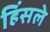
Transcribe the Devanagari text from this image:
हिंसले